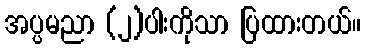
အပ္ပမညာ (၂)ပါးကိုသာ ပြထားတယ်။